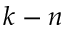
k - n